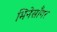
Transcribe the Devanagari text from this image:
मिनेसाँगर